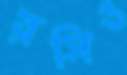
রসিও